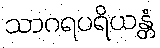
သာဂရပရိယန္တံ